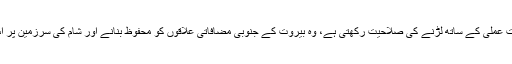
اور حزب اللہ جو سنی انتہا پسندوں سے بہتر حکمتِ عملی کے ساتھ لڑنے کی صلاحیت رکھتی ہے، وہ بیروت کے جنوبی مضافاتی علاقوں کو محفوظ بنانے اور شام کی سرزمین پر اس کے دشمنوں کے ساتھ جنگ میں مصروف ہے۔